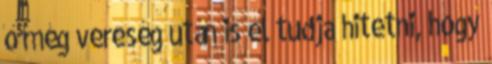
ő még vereség után is el tudja hitetni, hogy